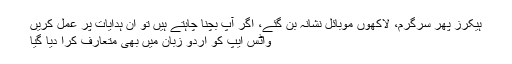
ہیکرز پھر سرگرم، لاکھوں موبائل نشانہ بن گئے، اگر آپ بچنا چاہتے ہیں تو ان ہدایات پر عمل کریں
واٹس ایپ کو اردو زبان میں بھی متعارف کرا دیا گیا